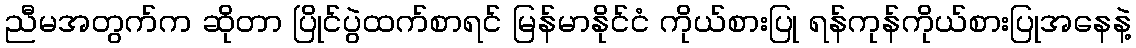
ညီမအတွက်က ဆိုတာ ပြိုင်ပွဲထက်စာရင် မြန်မာနိုင်ငံ ကိုယ်စားပြု ရန်ကုန်ကိုယ်စားပြုအနေနဲ့